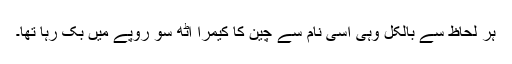
ہر لحاظ سے بالکل وہی اسی نام سے چین کا کیمرا آٹھ سو روپے میں بک رہا تھا۔